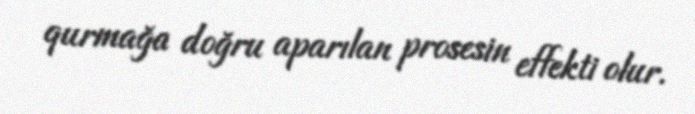
qurmağa doğru aparılan prosesin effekti olur.